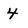
Character: 4